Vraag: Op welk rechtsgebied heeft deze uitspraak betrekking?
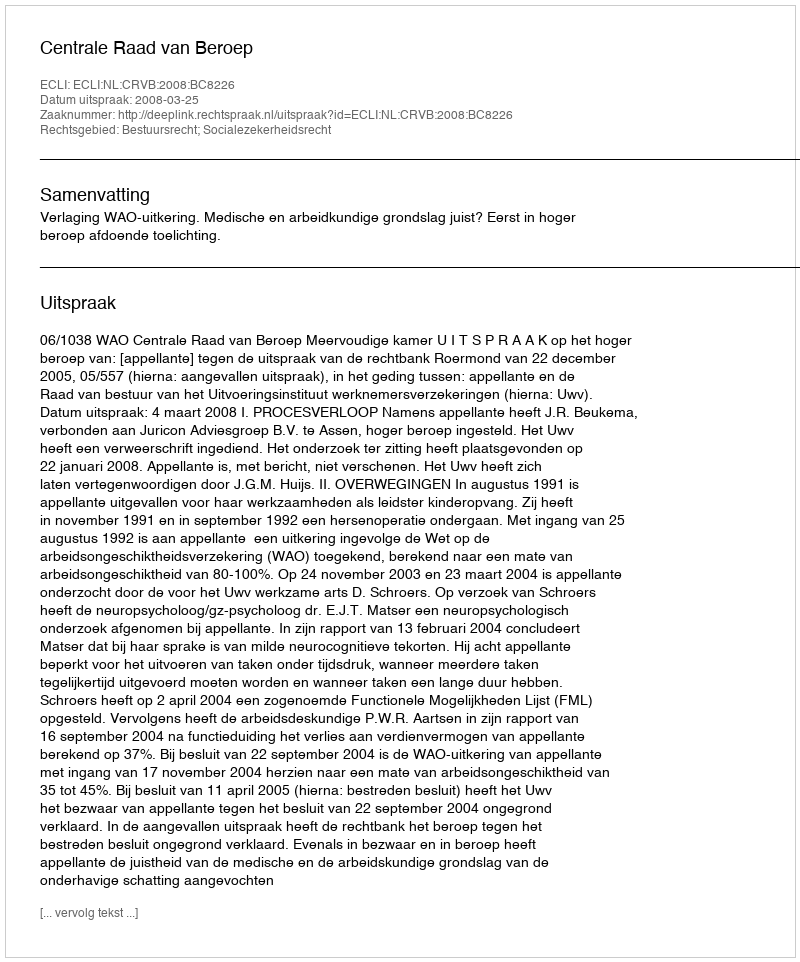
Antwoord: Bestuursrecht; Socialezekerheidsrecht